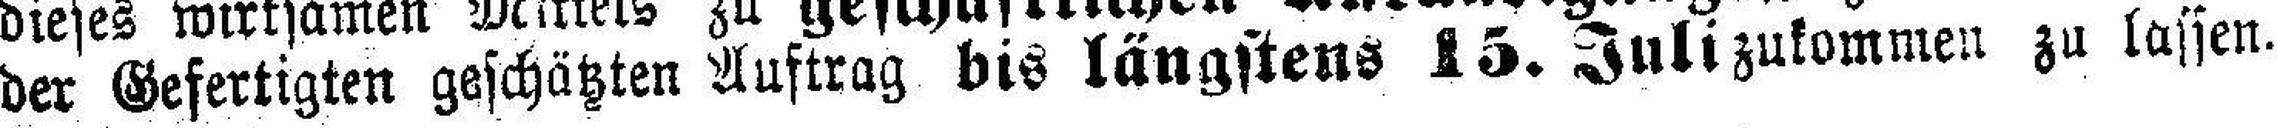
der Gefertigten geschätzten Auftrag bis längstens 15. Juli zukommen zu lassen.